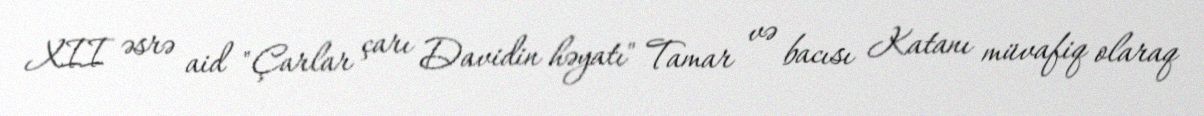
XII əsrə aid "Çarlar çarı Davidin həyatı" Tamar və bacısı Katanı müvafiq olaraq